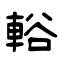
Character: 輍